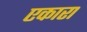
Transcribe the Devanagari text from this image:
एकारा